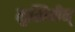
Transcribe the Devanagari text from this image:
मुखियीन्